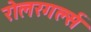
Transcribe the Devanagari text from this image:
रोलरगर्ल्स